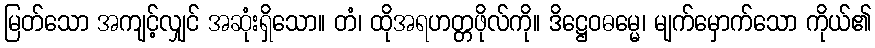
မြတ်သော အကျင့်လျှင် အဆုံးရှိသော။ တံ၊ ထိုအရဟတ္တဖိုလ်ကို။ ဒိဋ္ဌေဝဓမ္မေ၊ မျက်မှောက်သော ကိုယ်၏